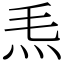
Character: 𤆬